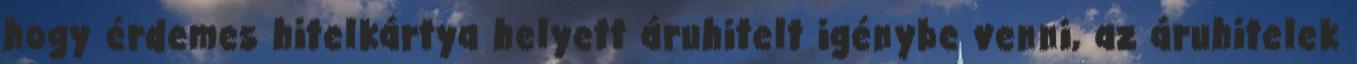
hogy érdemes hitelkártya helyett áruhitelt igénybe venni, az áruhitelek